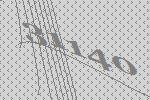
31140